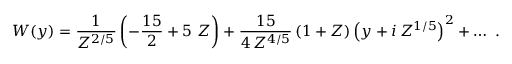
W ( y ) = \frac { 1 } { Z ^ { 2 / 5 } } \left( - \frac { 1 5 } { 2 } + 5 ~ Z \right) + \frac { 1 5 } { 4 \, Z ^ { 4 / 5 } } \left( 1 + Z \right) \left( y + i \, Z ^ { 1 / 5 } \right) ^ { 2 } + \ldots \ .